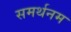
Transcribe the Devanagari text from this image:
समर्थनम